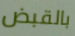
بالقبض